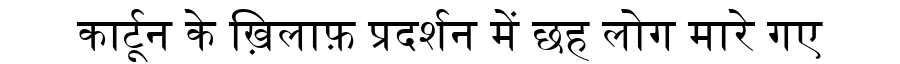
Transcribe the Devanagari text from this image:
कार्टून के ख़िलाफ़ प्रदर्शन में छह लोग मारे गए